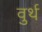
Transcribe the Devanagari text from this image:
वुर्थ